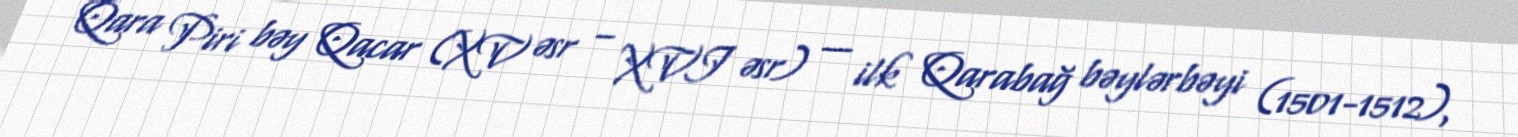
Qara Piri bəy Qacar (XV əsr – XVI əsr) — ilk Qarabağ bəylərbəyi (1501-1512),